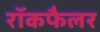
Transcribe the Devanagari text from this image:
रॉकफैलर